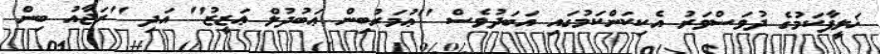
ޚަލީފާކަމުގެ ދުވަސްވަރު އެކިކަންކަމުގައި އަބަދުވެސް ''ޢުމަރުބިން ޢަބުދުލް ޢަޒީޒު'' އަދި ''ރަޖާއު ބިން